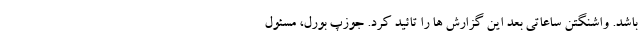
باشد. واشنگتن ساعاتی بعد این گزارش ها را تائيد کرد. جوزپ بورل، مسئول